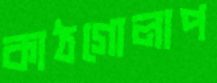
কাঠগোলাপ